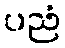
ပညံ